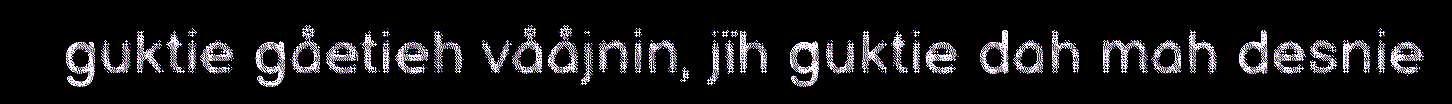
guktie gåetieh vååjnin, jïh guktie dah mah desnie